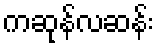
ကဆုန်လဆန်း